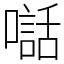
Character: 𫬃